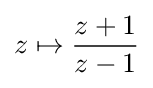
z\mapsto {{z+1} \over {z-1}}